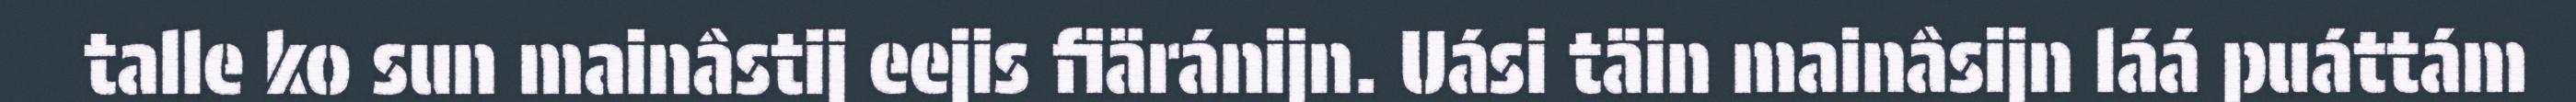
talle ko sun mainâstij eejis fiäránijn. Uási täin mainâsijn láá puáttám